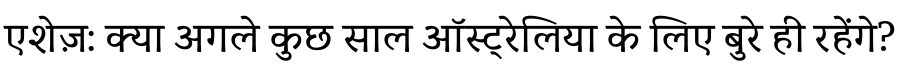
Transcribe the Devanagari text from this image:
एशेज़: क्या अगले कुछ साल ऑस्ट्रेलिया के लिए बुरे ही रहेंगे?